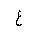
Letter: _ayn